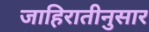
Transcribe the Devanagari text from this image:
जाहिरातीनुसार